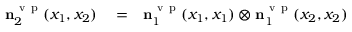
\begin{array} { r l r } { \ensuremath { \mathbf { n } } _ { 2 } ^ { \ensuremath { \mathrm { ~ v ~ p ~ } } } ( x _ { 1 } , x _ { 2 } ) } & { { } = } & { \ensuremath { \mathbf { n } } _ { 1 } ^ { \ensuremath { \mathrm { ~ v ~ p ~ } } } ( x _ { 1 } , x _ { 1 } ) \otimes \ensuremath { \mathbf { n } } _ { 1 } ^ { \ensuremath { \mathrm { ~ v ~ p ~ } } } ( x _ { 2 } , x _ { 2 } ) } \end{array}